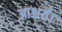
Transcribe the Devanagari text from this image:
आश्चर्य।